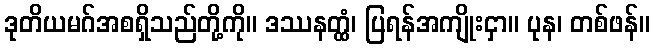
ဒုတိယမဂ်အစရှိသည်တို့ကို။ ဒဿနတ္ထံ၊ ပြရန်အကျိုးငှာ။ ပုန၊ တစ်ဖန်။